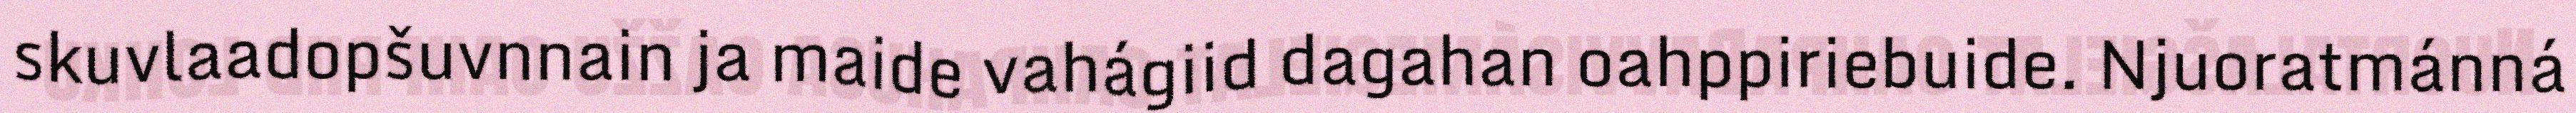
skuvlaadopšuvnnain ja maide vahágiid dagahan oahppiriebuide. Njuoratmánná